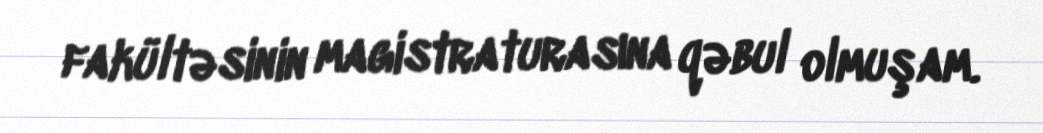
fakültəsinin magistraturasına qəbul olmuşam.